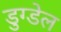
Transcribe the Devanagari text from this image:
डुग्डेल